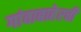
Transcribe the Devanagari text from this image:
गांवाबाहेरची